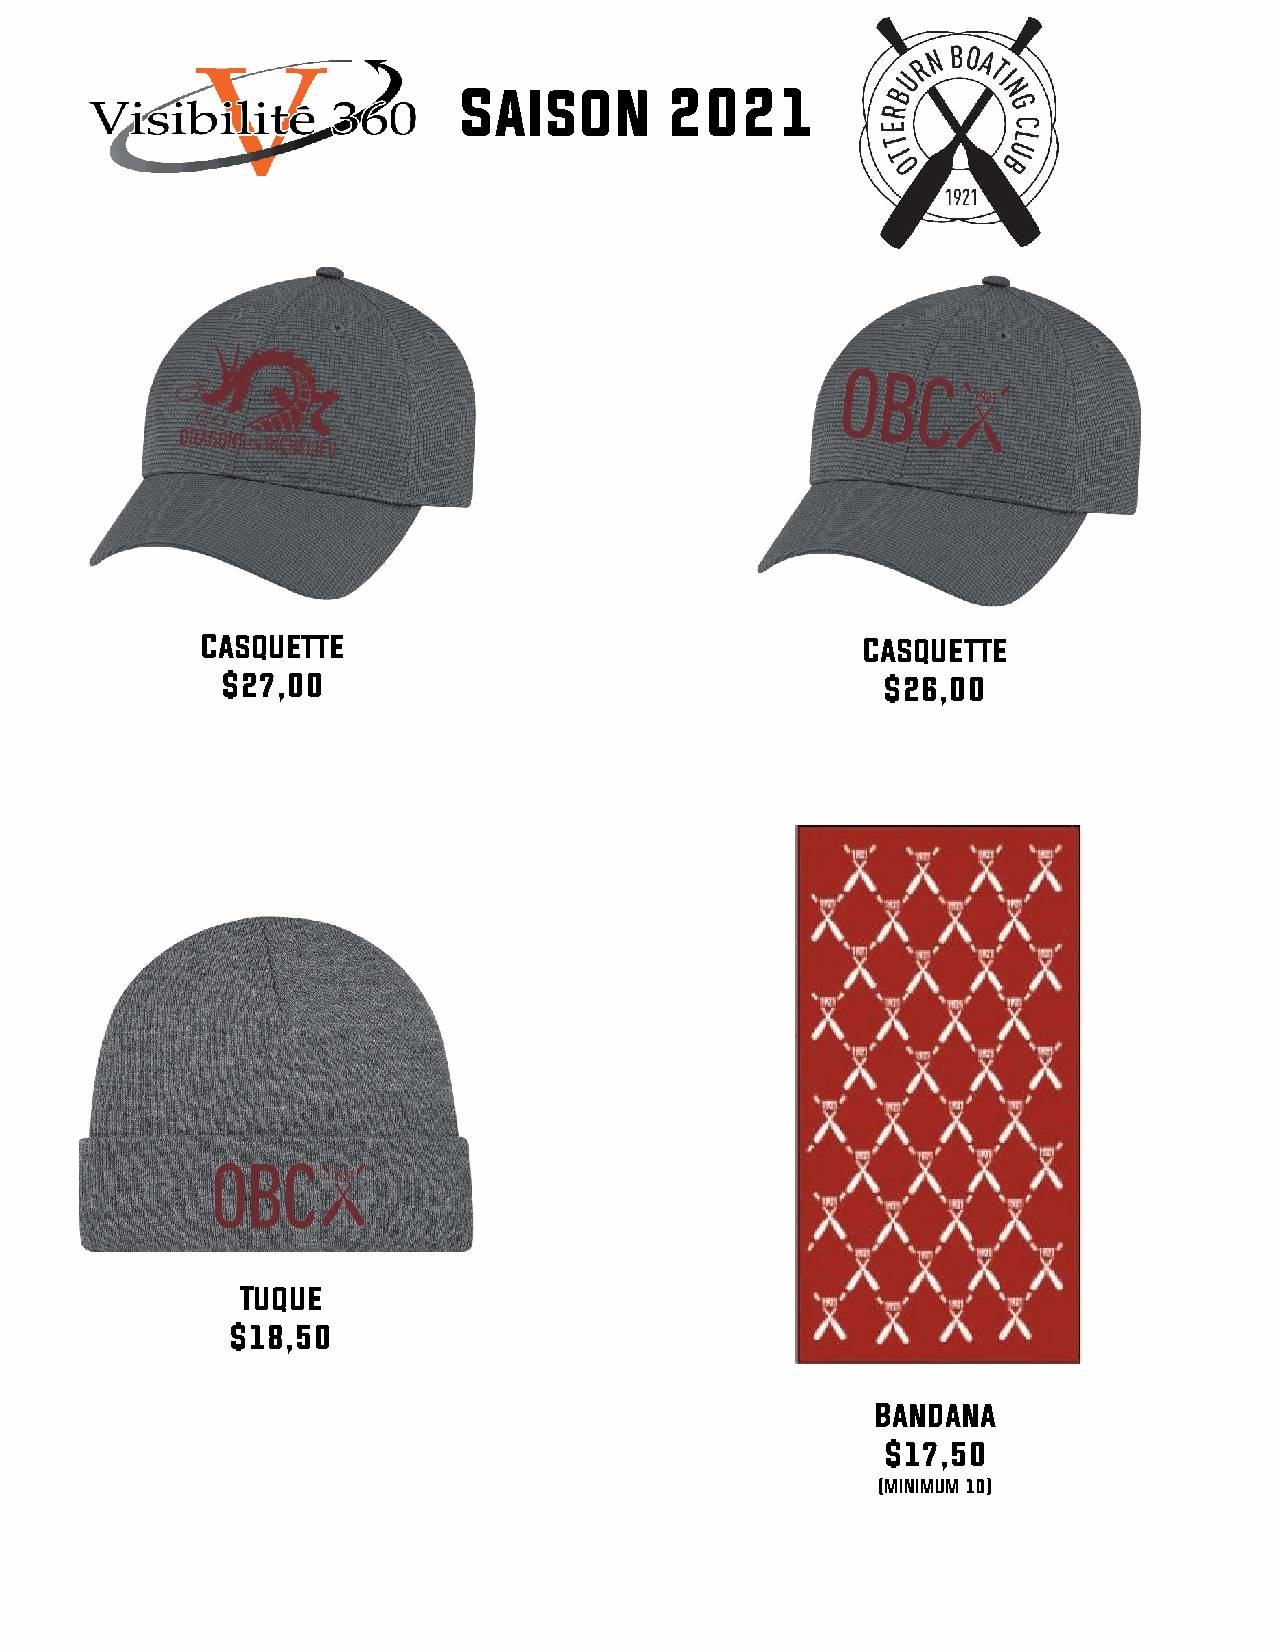
Saison        2021
 Casquette                                   Casquette
 $27,00                                      $26,00
 Tuque
 $18,50
 Bandana
 $17,50
 (MINIMUM 10)